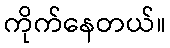
ကိုက်နေတယ်။